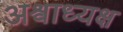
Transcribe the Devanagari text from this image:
अश्वाध्यक्ष